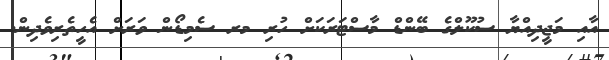
އާއި މަޖީދިއްޔާ ސުކޫލްގެ ބޭންޑް މާސްޓަރަކަށް ހުރި މރ ސެމިޑޯން ވަރަށް އެހީތެރިވެދިން.